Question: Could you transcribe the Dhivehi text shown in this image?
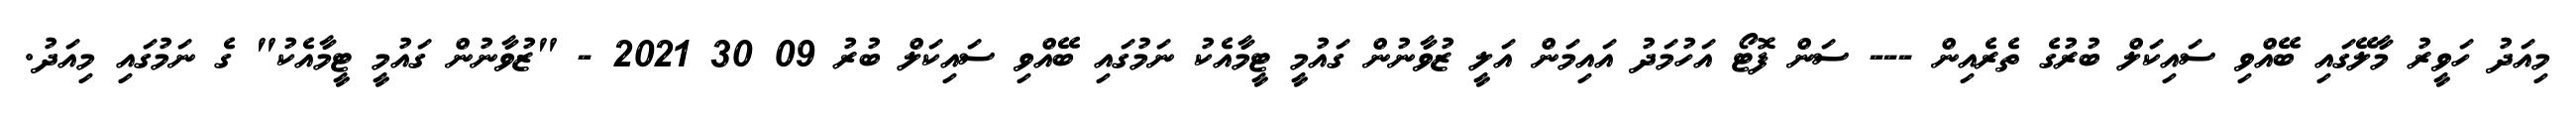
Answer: މިއަދު ހަވީރު މާލޭގައި ބޭއްވި ސައިކަލް ބުރުގެ ތެރެއިން --- ސަން ފޮޓޯ އަހުމަދު އައިމަން އަލީ ޒުވާނުން ގައުމީ ޓީމާއެކު ނަމުގައި ބޭއްވި ސައިކަލް ބުރު 09 30 2021 - "ޒުވާނުން ގައުމީ ޓީމާއެކު" ގެ ނަމުގައި މިއަދު.